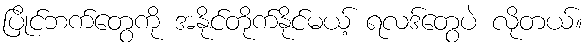
ပြိုင်ဘက်တွေကို အနိုင်တိုက်နိုင်မယ့် ရလဒ်တွေပဲ လိုတယ်။